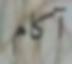
آكام